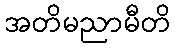
အတိမညာမီတိ